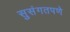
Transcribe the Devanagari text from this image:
सुसंगतपणे